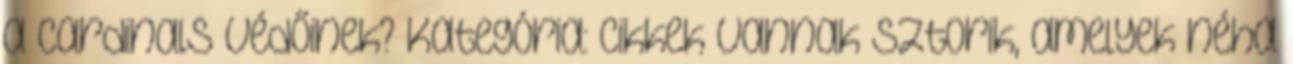
a Cardinals védőinek? Kategória: Cikkek Vannak sztorik, amelyek néha